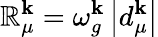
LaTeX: \mathbb{R}_{\mu}^{\mathbf{{k}}}=\omega_{g}^{\mathbf{{k}}}\left|d_{\mu}^{\mathbf{{k}}}\right|